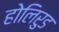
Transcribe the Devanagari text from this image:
होलिरुड